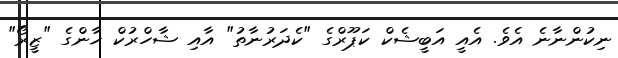
ނިކުންނާނެ އެވެ. އެއީ އަބީޝެކް ކަޕޫރްގެ "ކެދަރުނާތު" އާއި ޝާހްރުކް ޚާންގެ "ޒީރޯ"